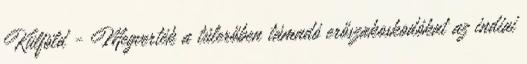
Külföld - Megverték a túlerőben támadó erőszakoskodókat az indiai